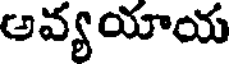
అవ్యయాయ